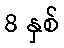
8 နှစ်